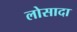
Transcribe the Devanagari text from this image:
लोसादा